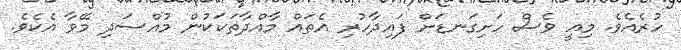
ހުރެއެވެ. މިއީ ވެސް ހަށިގަނޑަށް ފައިދާހުރި އެތައް މާއްދާތަކަކުން މުއްސަދި މޭވާ އެކެވެ.